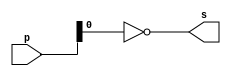
// Exercicio11 - compare1
// Nome: Samuel Eusbio da Silva

// compare1 gate

	module compare1gate (output s, input [7:0] p);
	nor nor1 (s, p);
	endmodule //--compare1
	
	//--test compare1gate
	
	module testcompare1gate;
	
	reg [7:0] a;
	wire s;
	
	compare1gate COMP1 (s, a);
	
	initial begin:start
	a=00000000;
	end
	
	initial begin:main
	$display("Exercicio11 - Samuel Eusbio da Silva - 435055"); 
	$display("Test compare1 gate");
	$monitor("%b = %b", a, s);
	#1 a=10000001;
	#1 a=10101111;
	#1 a=00100111;
	#1 a=00000101;
	#1 a=11111111;
	end
	endmodule //--testcompare1gate